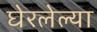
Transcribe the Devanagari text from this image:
घेरलेल्या